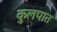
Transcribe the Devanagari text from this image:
कुलपात